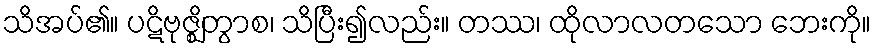
သိအပ်၏။ ပဋိဗုဇ္ဈိတွာစ၊ သိပြီး၍လည်း။ တဿ၊ ထိုလာလတသော ဘေးကို။